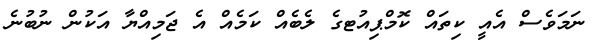
ނަމަވެސް އެއީ ކިތައް ކޮމްޕިއުޓގެ ލެބެއް ކަމެއް އެ ޖަމިއްޔާ އަކުން ނުބުނެ